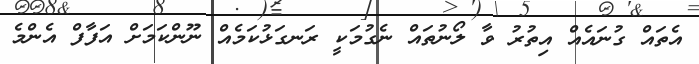
އެތައް ގުނައެއް އިތުރު ވާ ލޯނުތައް ނެގުމަކީ ރަނގަޅުކަމެއް ނޫންކަމަށް އަފާފް އެންމެ